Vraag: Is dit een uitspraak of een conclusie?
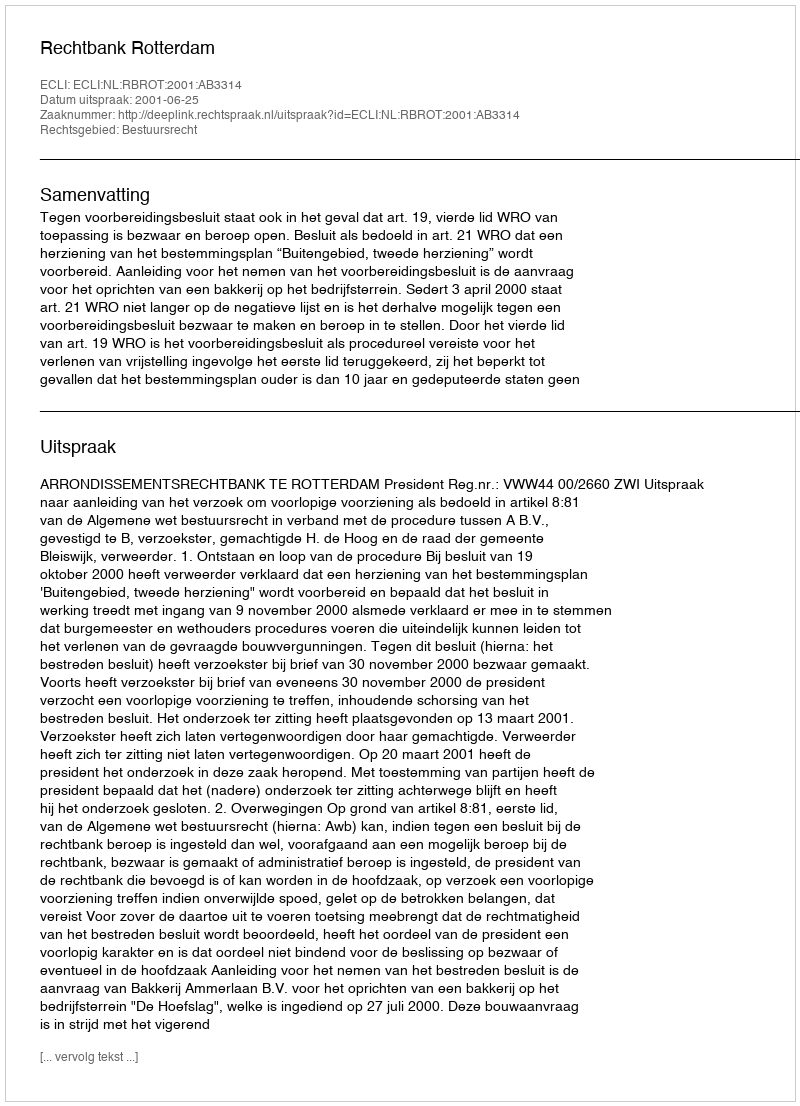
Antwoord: Uitspraak